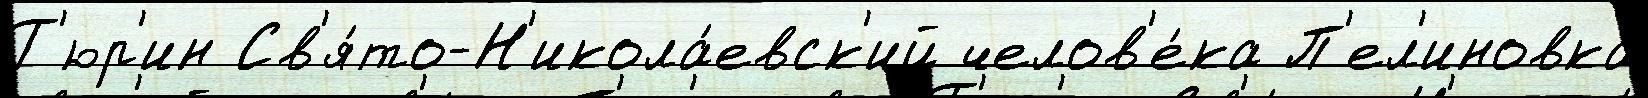
Т'юр'ин Св'я́то-Н'икола́евск'ий челов'е́ка П'ел'иновка